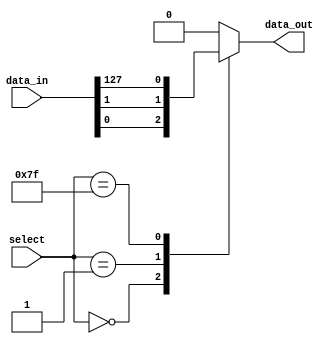
module mux_128to1 (
    input [127:0] data_in,
    input [6:0] select,
    output reg data_out
);

always @(*) begin
    case (select)
        7'b0000000: data_out = data_in[0];
        7'b0000001: data_out = data_in[1];
        // add cases for select lines 2 to 126
        7'b1111111: data_out = data_in[127];
        default: data_out = 0; // default output if select is out of range
    endcase
end

endmodule